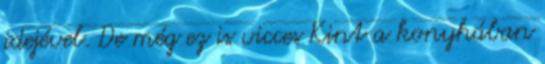
idejével. De még ez is vicces Kint a konyhában